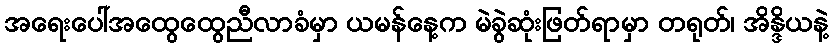
အရေးပေါ်အထွေထွေညီလာခံမှာ ယမန်နေ့က မဲခွဲဆုံးဖြတ်ရာမှာ တရုတ်၊ အိန္ဒိယနဲ့